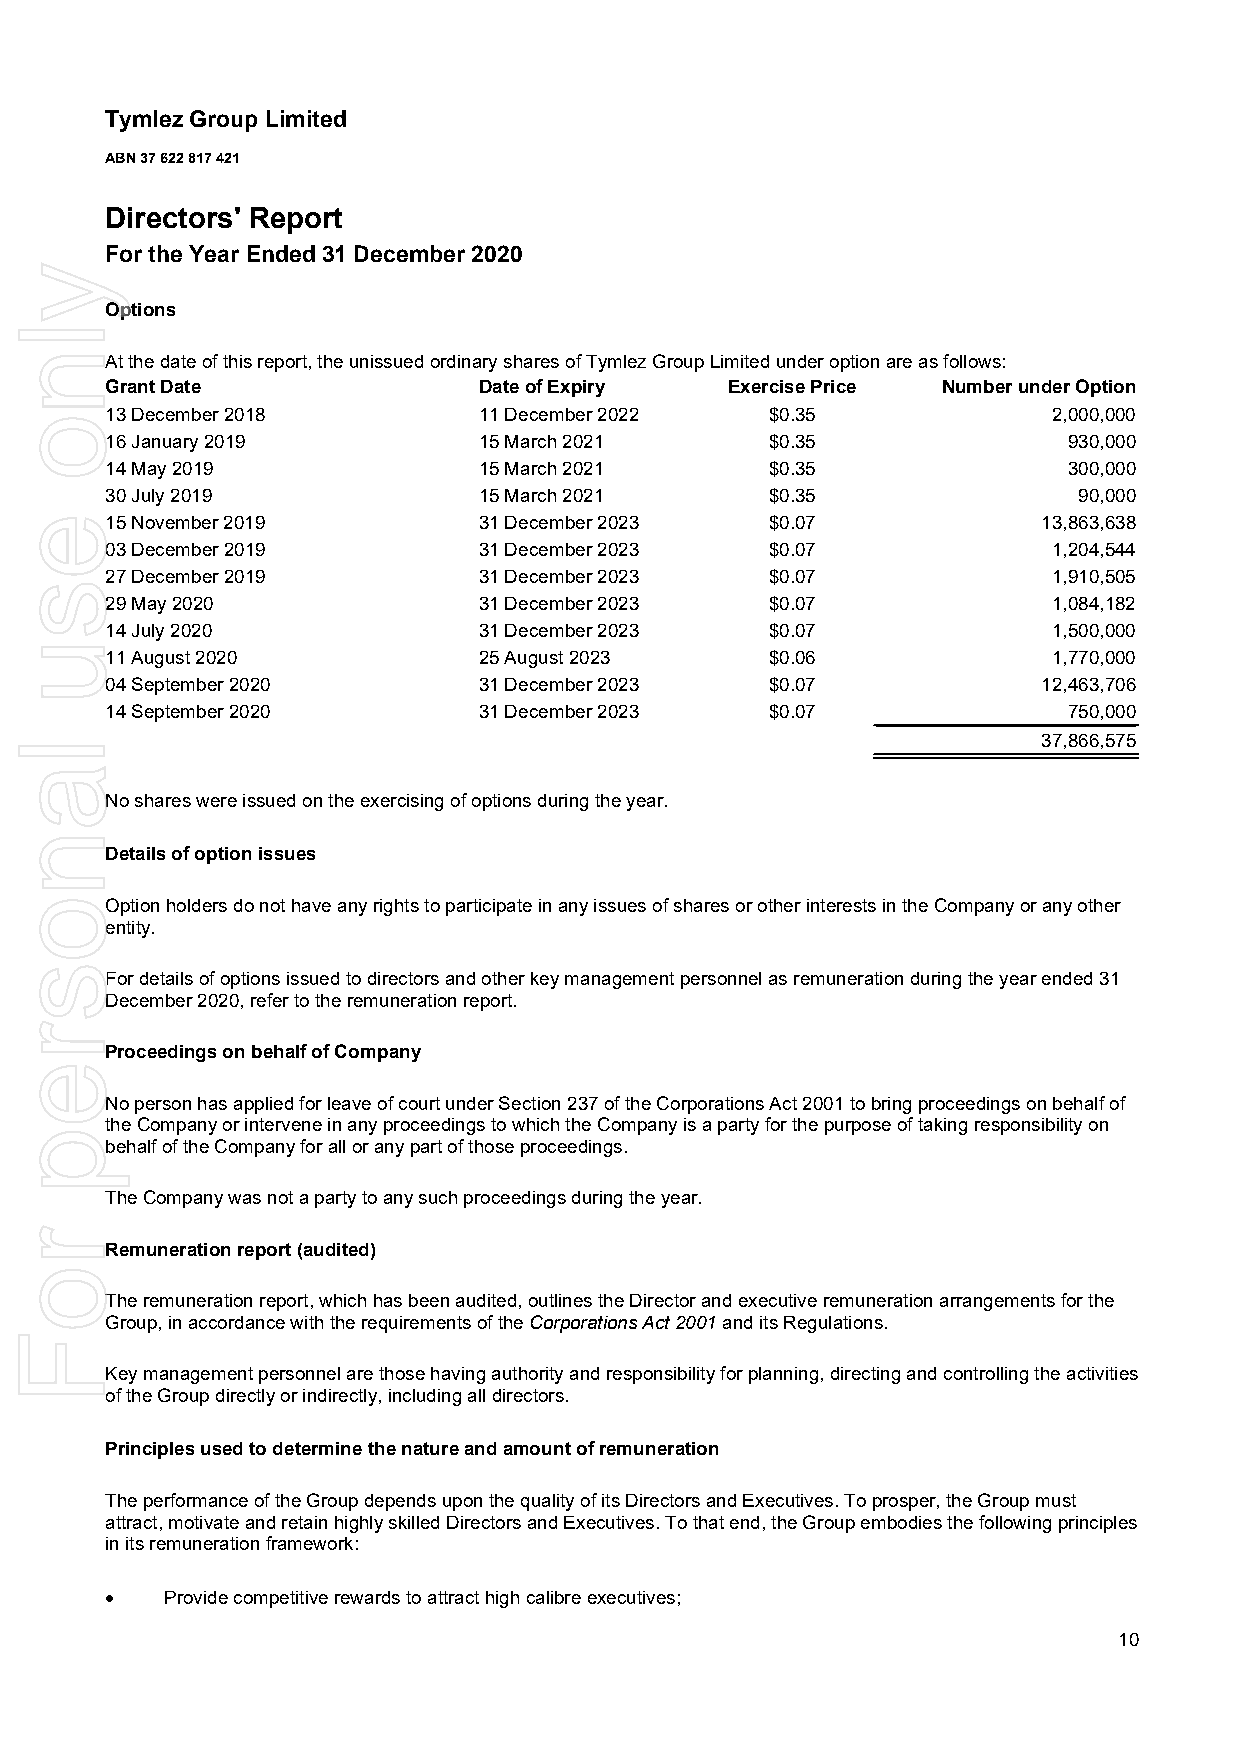
Tymlez Group Limited
 ABN 37 622 817 421
 Directors' Report
 For the Year Ended 31 December 2020
 Options
 At the date of this report, the unissued ordinary shares of Tymlez Group Limited under option are as follows:
 Grant Date               Date of Expiry  Exercise Price Number under Option
 13 December 2018         11 December 2022   $0.35              2,000,000
 16 January 2019          15 March 2021      $0.35               930,000
 14 May 2019              15 March 2021      $0.35               300,000
 30 July 2019             15 March 2021      $0.35               90,000
 15 November 2019         31 December 2023   $0.07             13,863,638
 03 December 2019         31 December 2023   $0.07              1,204,544
 27 December 2019         31 December 2023   $0.07              1,910,505
 29 May 2020              31 December 2023   $0.07              1,084,182
 14 July 2020             31 December 2023   $0.07              1,500,000
 11 August 2020           25 August 2023     $0.06              1,770,000
 04 September 2020        31 December 2023   $0.07             12,463,706
 14 September 2020        31 December 2023   $0.07               750,000
 37,866,575
 No shares were issued on the exercising of options during the year.
 Details of option issues
 Option holders do not have any rights to participate in any issues of shares or other interests in the Company or any other
 entity.
 For details of options issued to directors and other key management personnel as remuneration during the year ended 31
 December 2020, refer to the remuneration report.
 Proceedings on behalf of Company
 No person has applied for leave of court under Section 237 of the Corporations Act 2001 to bring proceedings on behalf of
 the Company or intervene in any proceedings to which the Company is a party for the purpose of taking responsibility on
 behalf of the Company for all or any part of those proceedings.
 The Company was not a party to any such proceedings during the year.
 Remuneration report (audited)
 The remuneration report, which has been audited, outlines the Director and executive remuneration arrangements for the
 Group, in accordance with the requirements of the Corporations Act 2001 and its Regulations.
 Key management personnel are those having authority and responsibility for planning, directing and controlling the activities
 of the Group directly or indirectly, including all directors.
 Principles used to determine the nature and amount of remuneration
 The performance of the Group depends upon the quality of its Directors and Executives. To prosper, the Group must
 attract, motivate and retain highly skilled Directors and Executives. To that end, the Group embodies the following principles
 in its remuneration framework:
    Provide competitive rewards to attract high calibre executives;
 10
 ylno
 esu
 lanosrep
 roF